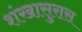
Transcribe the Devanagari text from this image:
शंखासुरास